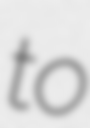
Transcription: to